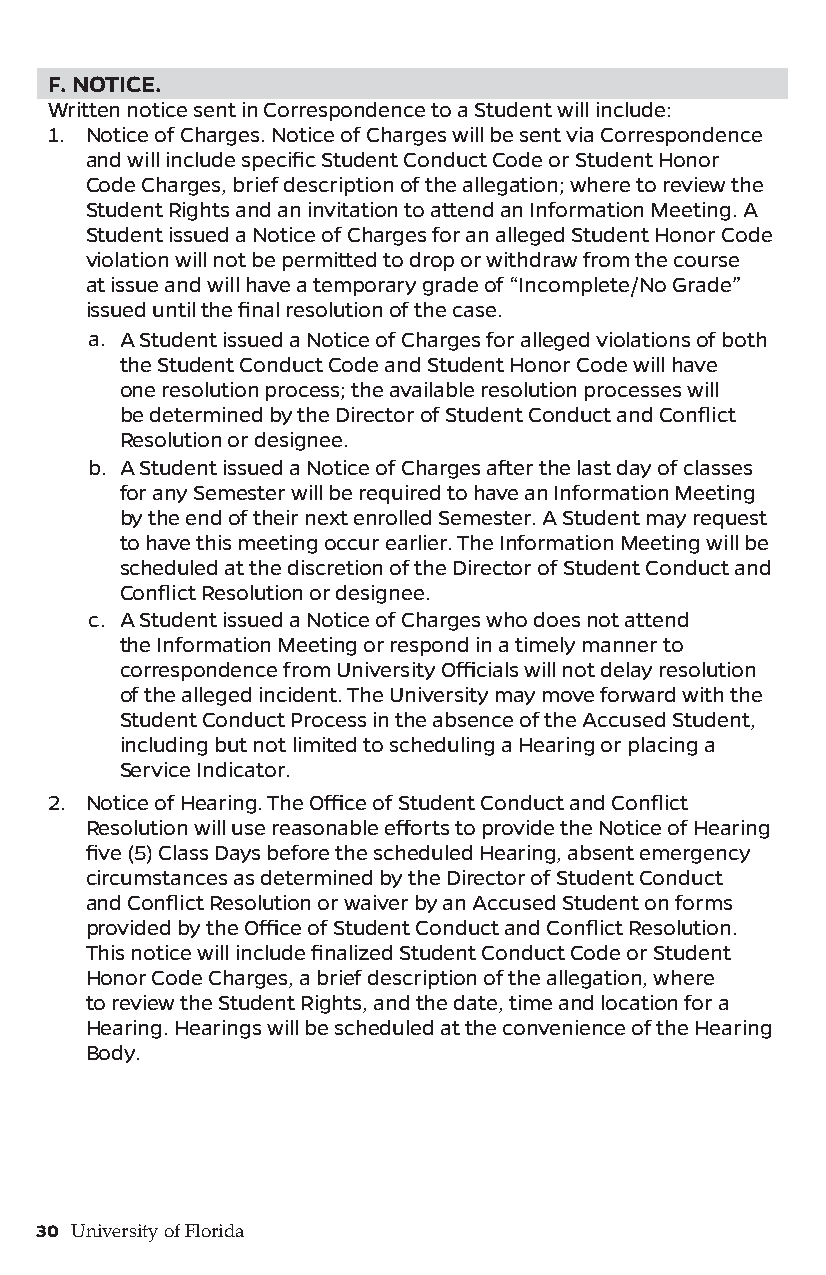
F. NOTICE.
 Written notice sent in Correspondence to a Student will include:
 1. Notice of Charges. Notice of Charges will be sent via Correspondence
 and will include specific Student Conduct Code or Student Honor
 Code Charges, brief description of the allegation; where to review the
 Student Rights and an invitation to attend an Information Meeting. A
 Student issued a Notice of Charges for an alleged Student Honor Code
 violation will not be permitted to drop or withdraw from the course
 at issue and will have a temporary grade of “Incomplete/No Grade”
 issued until the final resolution of the case.
 a. A Student issued a Notice of Charges for alleged violations of both
 the Student Conduct Code and Student Honor Code will have
 one resolution process; the available resolution processes will
 be determined by the Director of Student Conduct and Conflict
 Resolution or designee.
 b. A Student issued a Notice of Charges after the last day of classes
 for any Semester will be required to have an Information Meeting
 by the end of their next enrolled Semester. A Student may request
 to have this meeting occur earlier. The Information Meeting will be
 scheduled at the discretion of the Director of Student Conduct and
 Conflict Resolution or designee.
 c. A Student issued a Notice of Charges who does not attend
 the Information Meeting or respond in a timely manner to
 correspondence from University Officials will not delay resolution
 of the alleged incident. The University may move forward with the
 Student Conduct Process in the absence of the Accused Student,
 including but not limited to scheduling a Hearing or placing a
 Service Indicator.
 2. Notice of Hearing. The Office of Student Conduct and Conflict
 Resolution will use reasonable efforts to provide the Notice of Hearing
 five (5) Class Days before the scheduled Hearing, absent emergency
 circumstances as determined by the Director of Student Conduct
 and Conflict Resolution or waiver by an Accused Student on forms
 provided by the Office of Student Conduct and Conflict Resolution.
 This notice will include finalized Student Conduct Code or Student
 Honor Code Charges, a brief description of the allegation, where
 to review the Student Rights, and the date, time and location for a
 Hearing. Hearings will be scheduled at the convenience of the Hearing
 Body.
 30 University of Florida